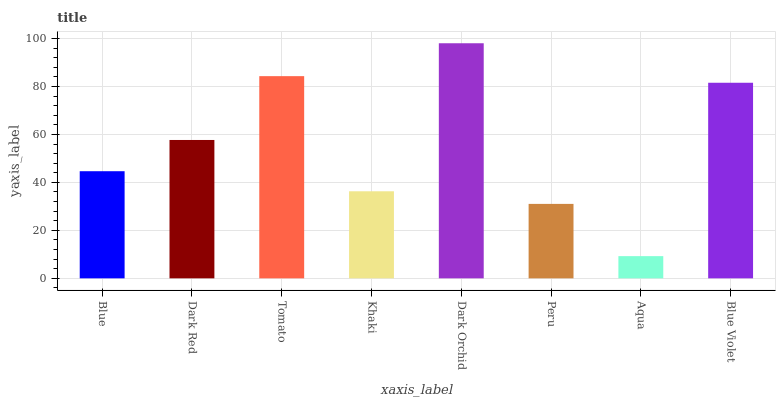
| xaxis_label | bars |
 | --- | --- |
 | Blue | 44.7 |
 | Dark Red | 57.7 |
 | Tomato | 84.3 |
 | Khaki | 36.3 |
 | Dark Orchid | 98 |
 | Peru | 31 |
 | Aqua | 9.26 |
 | Blue Violet | 81.5 |